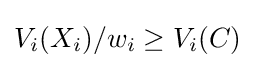
V_{i}(X_{i})/w_{i}\geq V_{i}(C)